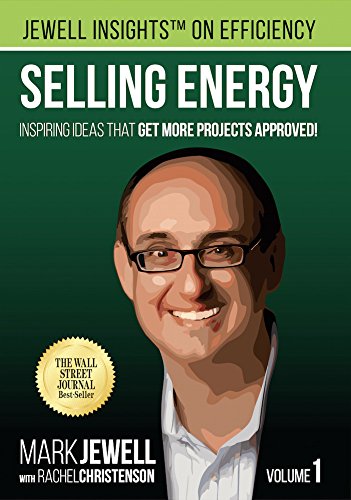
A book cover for Selling Energy: Inspiring Ideas That Get More Projects Approved!; Mark T. Jewell; Business & Money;